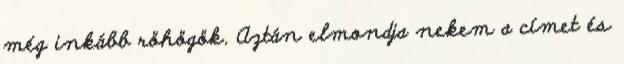
még inkább röhögök. Aztán elmondja nekem a címet és